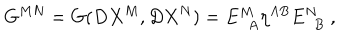
LaTeX: G ^ { M N } = G ( D X ^ { M } , D X ^ { N } ) = E _ { ~ ~ A } ^ { M ~ } \eta ^ { A B } E _ { ~ ~ B } ^ { N } ~ ,